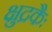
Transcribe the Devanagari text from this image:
क्षुद्रकैः